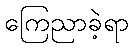
ကြေညာခဲ့ရာ